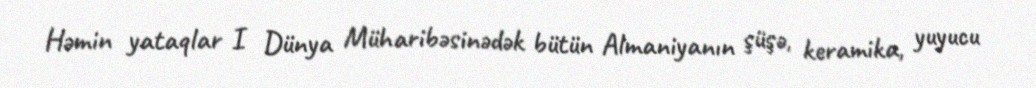
Həmin yataqlar I Dünya Müharibəsinədək bütün Almaniyanın şüşə, keramika, yuyucu